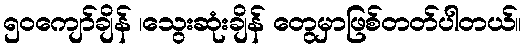
၅၀ကျော်ချိန် ၊သွေးဆုံးချိန် တွေမှာဖြစ်တတ်ပါတယ်။